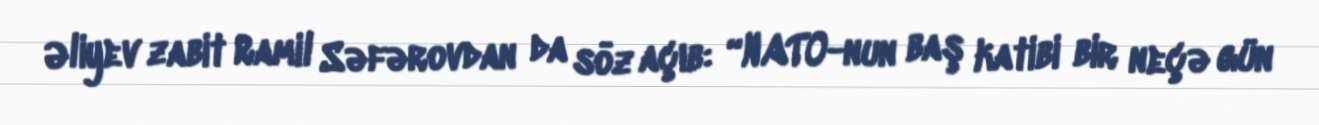
Əliyev zabit Ramil Səfərovdan da söz açıb: “NATO-nun baş katibi bir neçə gün